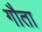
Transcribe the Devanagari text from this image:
गौता